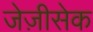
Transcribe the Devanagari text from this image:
जेज़ीसेक